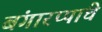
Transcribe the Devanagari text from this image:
बंगारप्पांचे